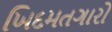
ખિદમતગારો